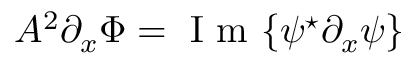
A ^ { 2 } \partial _ { x } \Phi = \mathrm { ~ I ~ m ~ } \{ \psi ^ { \star } \partial _ { x } \psi \}